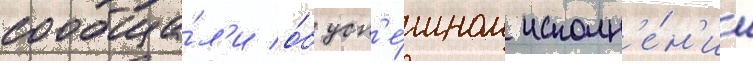
сообща́л'и о́б усп'е́шном исполн'е́н'ии